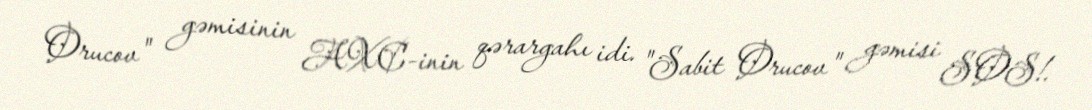
Orucov" gəmisinin AXC-inin qərargahı idi. "Sabit Orucov" gəmisi SOS!.